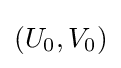
(U_{0},V_{0})